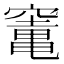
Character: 竃